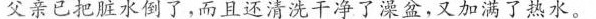
父亲已把脏水倒了，而且还清洗干净了澡盆，又加满了热水。